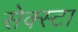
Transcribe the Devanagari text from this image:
सेक्स्टा